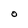
Character: O